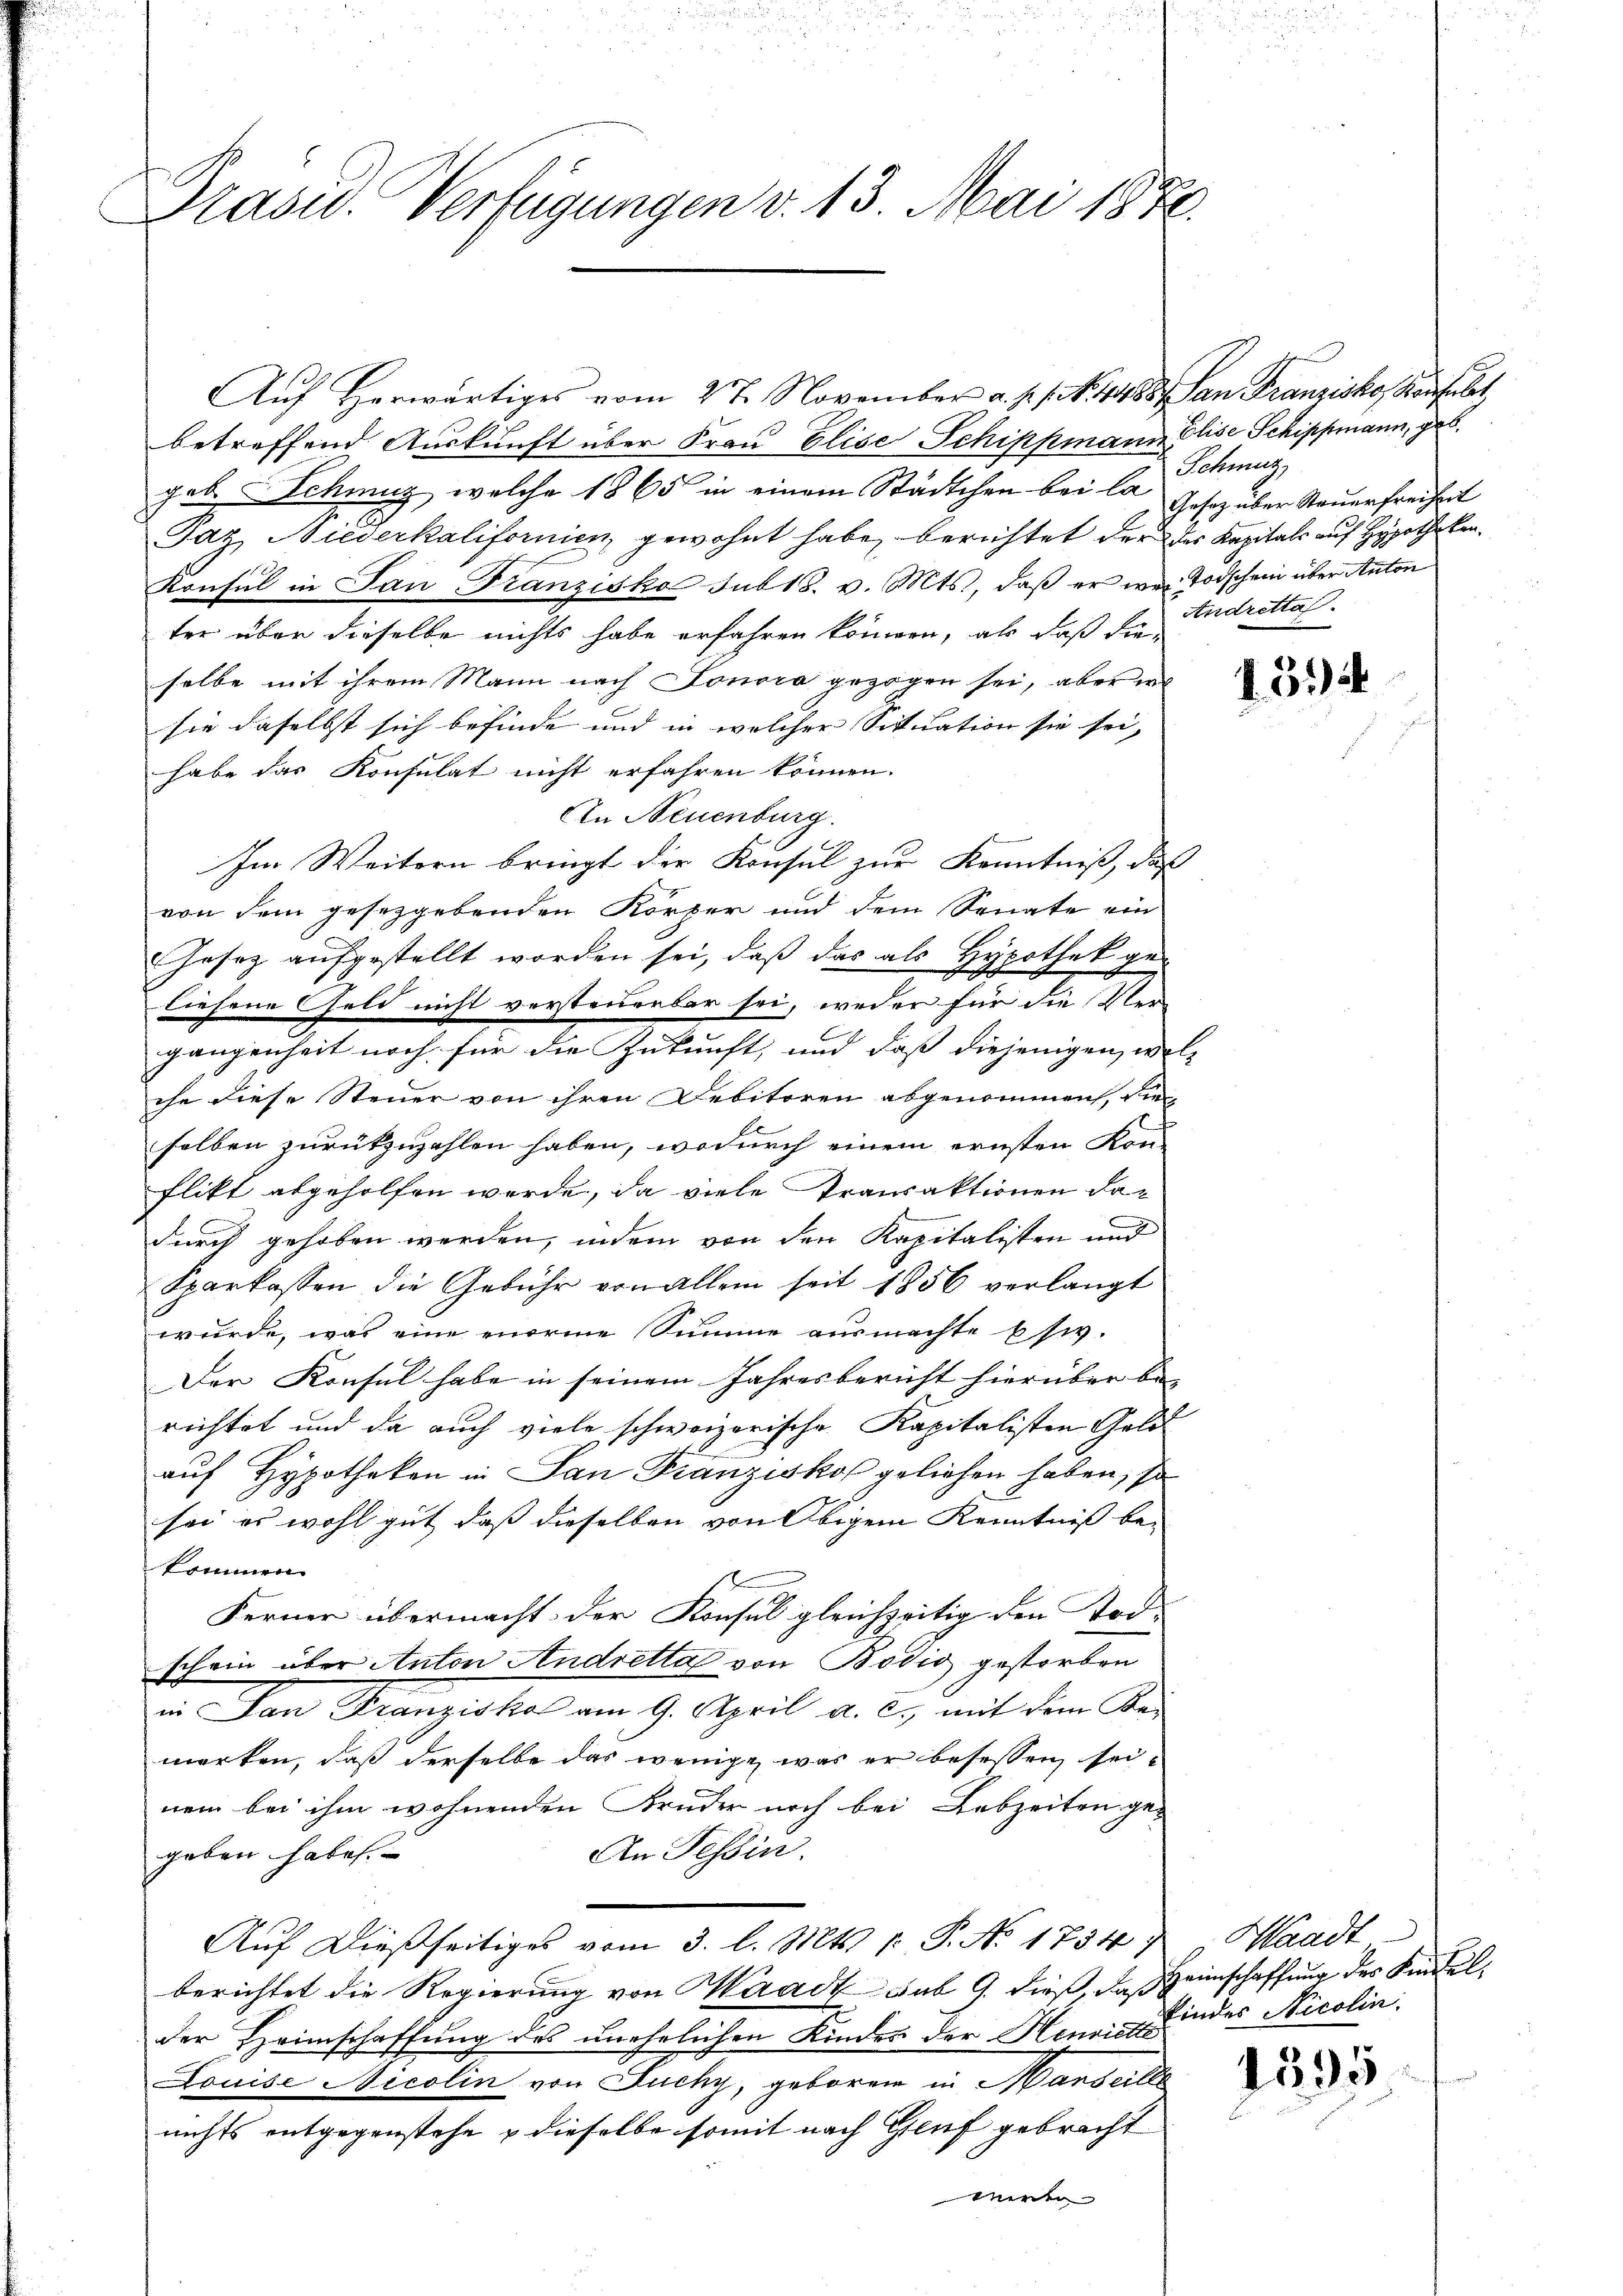
Präsid.. Verfügungen v. 13. Mai 1872.

Aŭf herwärtiges vom 27. November a. p. 1. N. 14488. San Franziska Konsulat
betreffend Auskunft über Frau Elise Schippmann Elise Schippmann, geb.
geb. Schmuz, welche 1865 in einem Städtchen bei la
Paz, Niederkalifornien, gewohnt habe, berichtet der des Kapitals auf Hypotheken¬
Konsul in San Franzisko sub 18. v. Mts., daß er wei Todschein über Anton
ter über dieselbe nichts habe erfahren können, als daß dieselbe mit ihrem Mann nach Lonora gezogen sei, aber er
sie daselbst sich befinde und in welcher Situation sie sei,
habe das Konsulat nicht erfahren können.
An Neuenburg.
Im Weitern bringt der Konsul zur Kenntniß, daß
von dem gesetzgebenden Körper und dem Senate ein
Jesez aufgestellt worden sei, daß das als Hypothek geliesene Geld nicht versteuerbar sei, weder für die Ver-
gangenheit noch für die Zukunft, und dass diejenigen woll
che diese Steuer von ihren Debitoren abgenommen, die
selben zurükzuzahlen haben, wodurch einem ernsten Kon-
flikt abgeholfen werde, da viele Transaktionen dadurch gehoben werden, indem von den Kapitalisten und
Sparkassen die Gebühr von allem seit 1856 verlangt
wurde, was eine enorme Summe ausmachte Esiv.
Der Konsul habe in seinem Jahresbericht hierüber be-
richtet und da auch viele schweizerische Kapitalisten Geld
auf Hypotheken in San Franziskof geliehen haben, so
sei es wohl gut, daß dieselben von Obigem Kenntniß bei
kommen.
Ferner übermacht: der Konsul gleichzeitig den Tod-
schein über Anton Andretta von Bodić gestorben
in San Franziska am 9. April a. c. mit dem Ka-
merken, daß derselbe das wenige, was er besessen seinem bei ihm wohnenden Bruder noch bei Lebzeiten ge¬
An Tessin.
geben habe.
Auf dießseitiges vom 3. l. Mts. p: P. No. 1734, Waadt
berichtet die Regierung von Waadt sub 9. dieß, daß Heimschaffung des Kindelder Heimschaffung des unehelichen Kindes der Henrich findes Nicolin
Louise Nicolin von Fuchy, geboren in Marseille
nichts entgegenstehe & dieselbe somit nach Genf gebracht
werden

Schmutz
Gesetz über Steuerfreiheit
Andrettal.

15)

1595